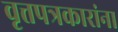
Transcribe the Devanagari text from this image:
वृत्तपत्रकारांना